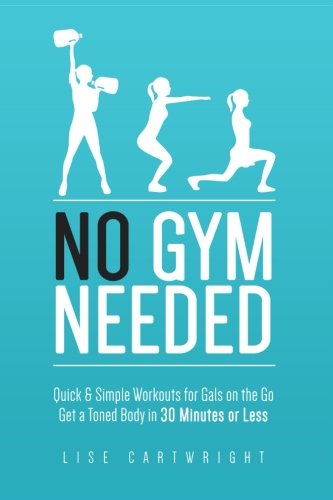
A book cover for No Gym Needed - Quick & Simple Workouts for Gals on the Go: Get a Toned Body in 30 Minutes or Less; Mrs Lise Cartwright; Health, Fitness & Dieting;